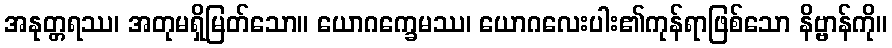
အနုတ္တရဿ၊ အတုမရှိမြတ်သော။ ယောဂက္ခေမဿ၊ ယောဂလေးပါး၏ကုန်ရာဖြစ်သော နိဗ္ဗာန်ကို။